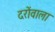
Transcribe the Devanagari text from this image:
दरोंवाला